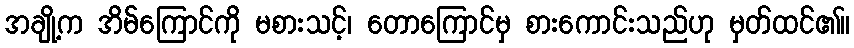
အချို့က အိမ်ကြောင်ကို မစားသင့်၊ တောကြောင်မှ စားကောင်းသည်ဟု မှတ်ထင်၏။